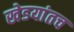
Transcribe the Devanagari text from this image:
खेडयांतच